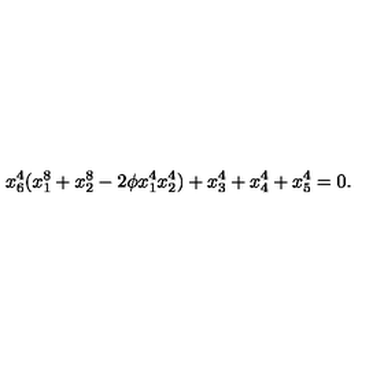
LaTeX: x _ { 6 } ^ { 4 } ( x _ { 1 } ^ { 8 } + x _ { 2 } ^ { 8 } - 2 \phi x _ { 1 } ^ { 4 } x _ { 2 } ^ { 4 } ) + x _ { 3 } ^ { 4 } + x _ { 4 } ^ { 4 } + x _ { 5 } ^ { 4 } = 0 .